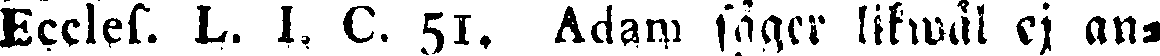
Ecclef. L. I. C. 51. Adarp säger likwäl ej an-